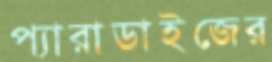
প্যারাডাইজের